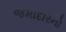
જમાદારનો